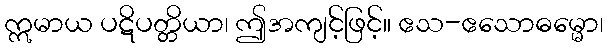
ဣမာယ ပဋိပတ္တိယာ၊ ဤအကျင့်ဖြင့်။ ဧသ-ဧသောဓမ္မော၊